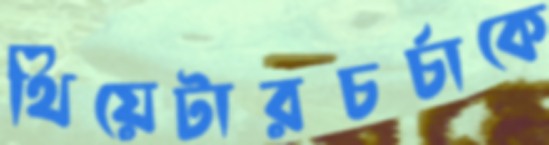
থিয়েটারচর্চাকে